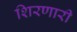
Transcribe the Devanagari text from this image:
शिरणारी